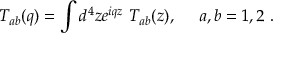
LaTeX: { \cal T } _ { a b } ( q ) = \int d ^ { 4 } z e ^ { i q z } ~ { \cal T } _ { a b } ( z ) , ~ ~ ~ ~ a , b = 1 , 2 ~ .